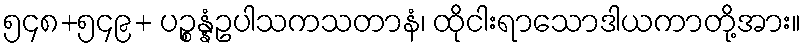
၅၄၈+၅၄၉+ ပဉ္စန္နံဥပါသကသတာနံ၊ ထိုငါးရာသောဒါယကာတို့အား။